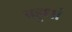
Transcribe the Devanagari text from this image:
बहुधां